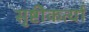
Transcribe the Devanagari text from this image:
सृष्टीकर्त्या